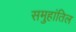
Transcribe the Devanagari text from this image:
समुहांतिल